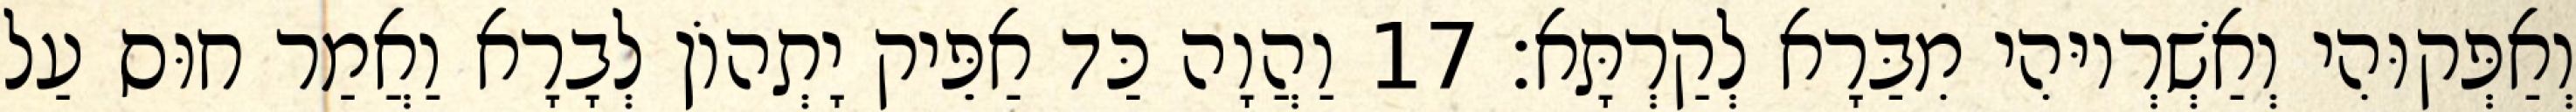
וְאַפְּקוּהִי וְאַשְׁרְיוּהִי מִבַּרָא לְקַרְתָּא׃ 17 וַהֲוָה כַּד אַפֵּיק יָתְהוֹן לְבָרָא וַאֲמַר חוּס עַל